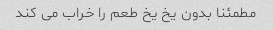
مطمئنا بدون یخ یخ طعم را خراب می کند